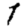
Digit: 1